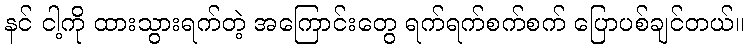
နင် ငါ့ကို ထားသွားရက်တဲ့ အကြောင်းတွေ ရက်ရက်စက်စက် ပြောပစ်ချင်တယ်။